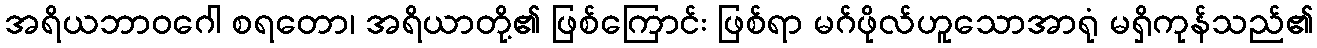
အရိယဘာဝဂေါ စရတော၊ အရိယာတို့၏ ဖြစ်ကြောင်း ဖြစ်ရာ မဂ်ဖိုလ်ဟူသောအာရုံ မရှိကုန်သည်၏